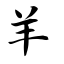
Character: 羊